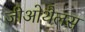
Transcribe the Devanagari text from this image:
जीओथैलस